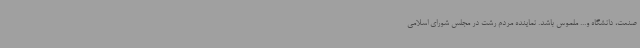
صنعت، دانشگاه و... ملموس باشد. نماینده مردم رشت در مجلس شورای اسلامی